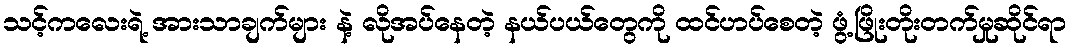
သင့်ကလေးရဲ့ အားသာချက်များ နဲ့ လိုအပ်နေတဲ့ နယ်ပယ်တွေကို ထင်ဟပ်စေတဲ့ ဖွံ့ဖြိုးတိုးတက်မှုဆိုင်ရာ